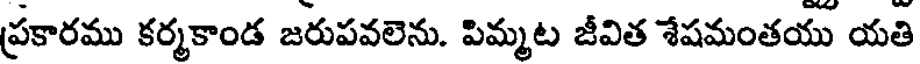
ప్రకారము కర్మకాండ జరుపవలెను. పిమ్మట జీవిత శేషమంతయు యతి